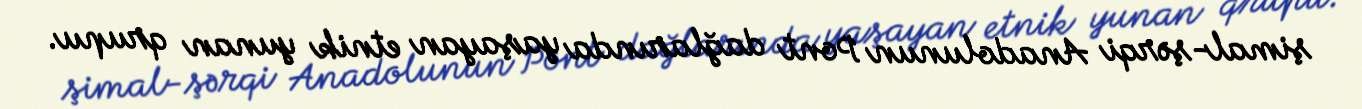
şimal-şərqi Anadolunun Pont dağlarında yaşayan etnik yunan qrupu.